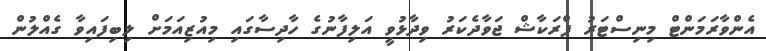
އެންވާރަމަންޓް މިނިސްޓަރު ޕްރަކާޝް ޖަވާދެކަރު ވިދާޅުވީ އަލިފާނުގެ ހާދިސާގައި މިއުޒިއަމަށް ލިބިފައިވާ ގެއްލުން